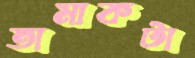
তামাকটা